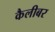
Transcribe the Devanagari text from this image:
कैलीबर